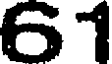
61